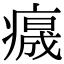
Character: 𤺁